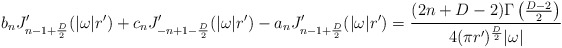
\begin{align*}b_n J'_{n-1+{D\over 2}}(|\omega| r')+c_n J'_{-n+1-{D\over2}}(|\omega| r')-a_nJ'_{n-1+{D\over 2}}(|\omega| r')={(2n+D-2)\Gamma\left ({D-2\over 2}\right )\over 4 (\pi r')^{D\over 2}|\omega|}\end{align*}